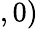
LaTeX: ,0)